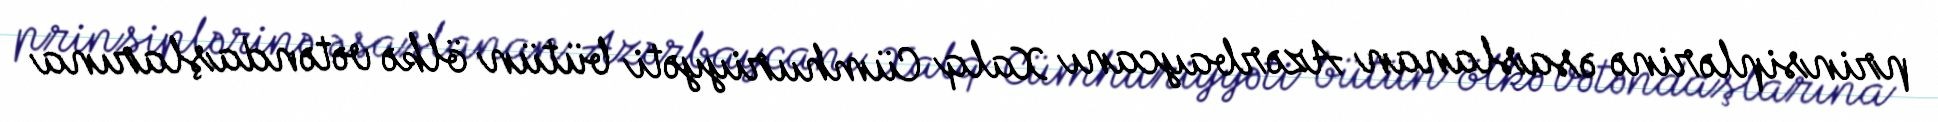
prinsiplərinə əsaslanan Azərbaycanı Xalq Cümhuriyyəti bütün ölkə vətəndaşlarına